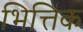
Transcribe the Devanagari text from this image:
भित्तिक